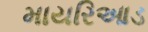
માયરિઆડ